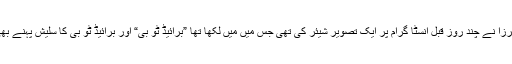
یاد رہے کہ انعم مرزا نے چند روز قبل انسٹا گرام پر ایک تصویر شیئر کی تھی جس میں میں لکھا تھا ”برائیڈ ٹو بی“ اور برائیڈ ٹو بی کا سلیش پہنے بھی نظر آ رہی تھیں۔